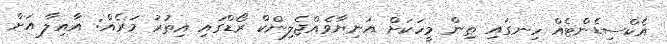
އެކްސިޑެންޓެއް ހިނގައި ތިން މީހަކަށް އަނިޔާވެއްޖެލިންކް ރޯޑްގައި އިތުރު މަރެއް: އާއިލާ އަށް